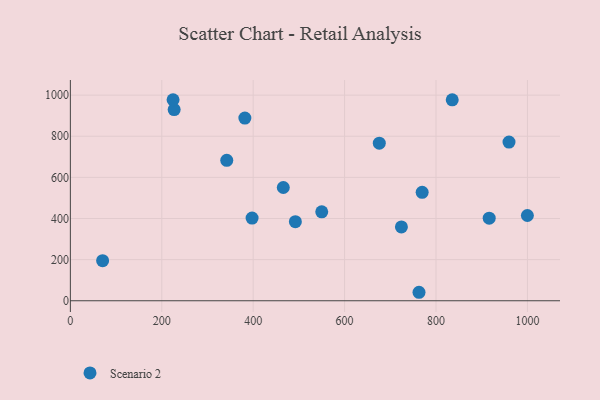
{"axis": {"x": "Investment", "y": "Yield"}, "legend": ["Scenario 2"], "data": [{"x": "762.8", "y": 41.2, "type": "Scenario 2"}, {"x": "227.1", "y": 929.8, "type": "Scenario 2"}, {"x": "342.2", "y": 683.0, "type": "Scenario 2"}, {"x": "492.3", "y": 384.6, "type": "Scenario 2"}, {"x": "70.6", "y": 194.8, "type": "Scenario 2"}, {"x": "724.3", "y": 359.2, "type": "Scenario 2"}, {"x": "959.7", "y": 771.5, "type": "Scenario 2"}, {"x": "550.0", "y": 432.3, "type": "Scenario 2"}, {"x": "916.4", "y": 401.6, "type": "Scenario 2"}, {"x": "224.7", "y": 977.7, "type": "Scenario 2"}, {"x": "769.7", "y": 527.5, "type": "Scenario 2"}, {"x": "397.6", "y": 402.1, "type": "Scenario 2"}, {"x": "381.8", "y": 888.3, "type": "Scenario 2"}, {"x": "835.5", "y": 977.3, "type": "Scenario 2"}, {"x": "675.9", "y": 766.6, "type": "Scenario 2"}, {"x": "999.9", "y": 414.5, "type": "Scenario 2"}, {"x": "465.9", "y": 550.8, "type": "Scenario 2"}]}